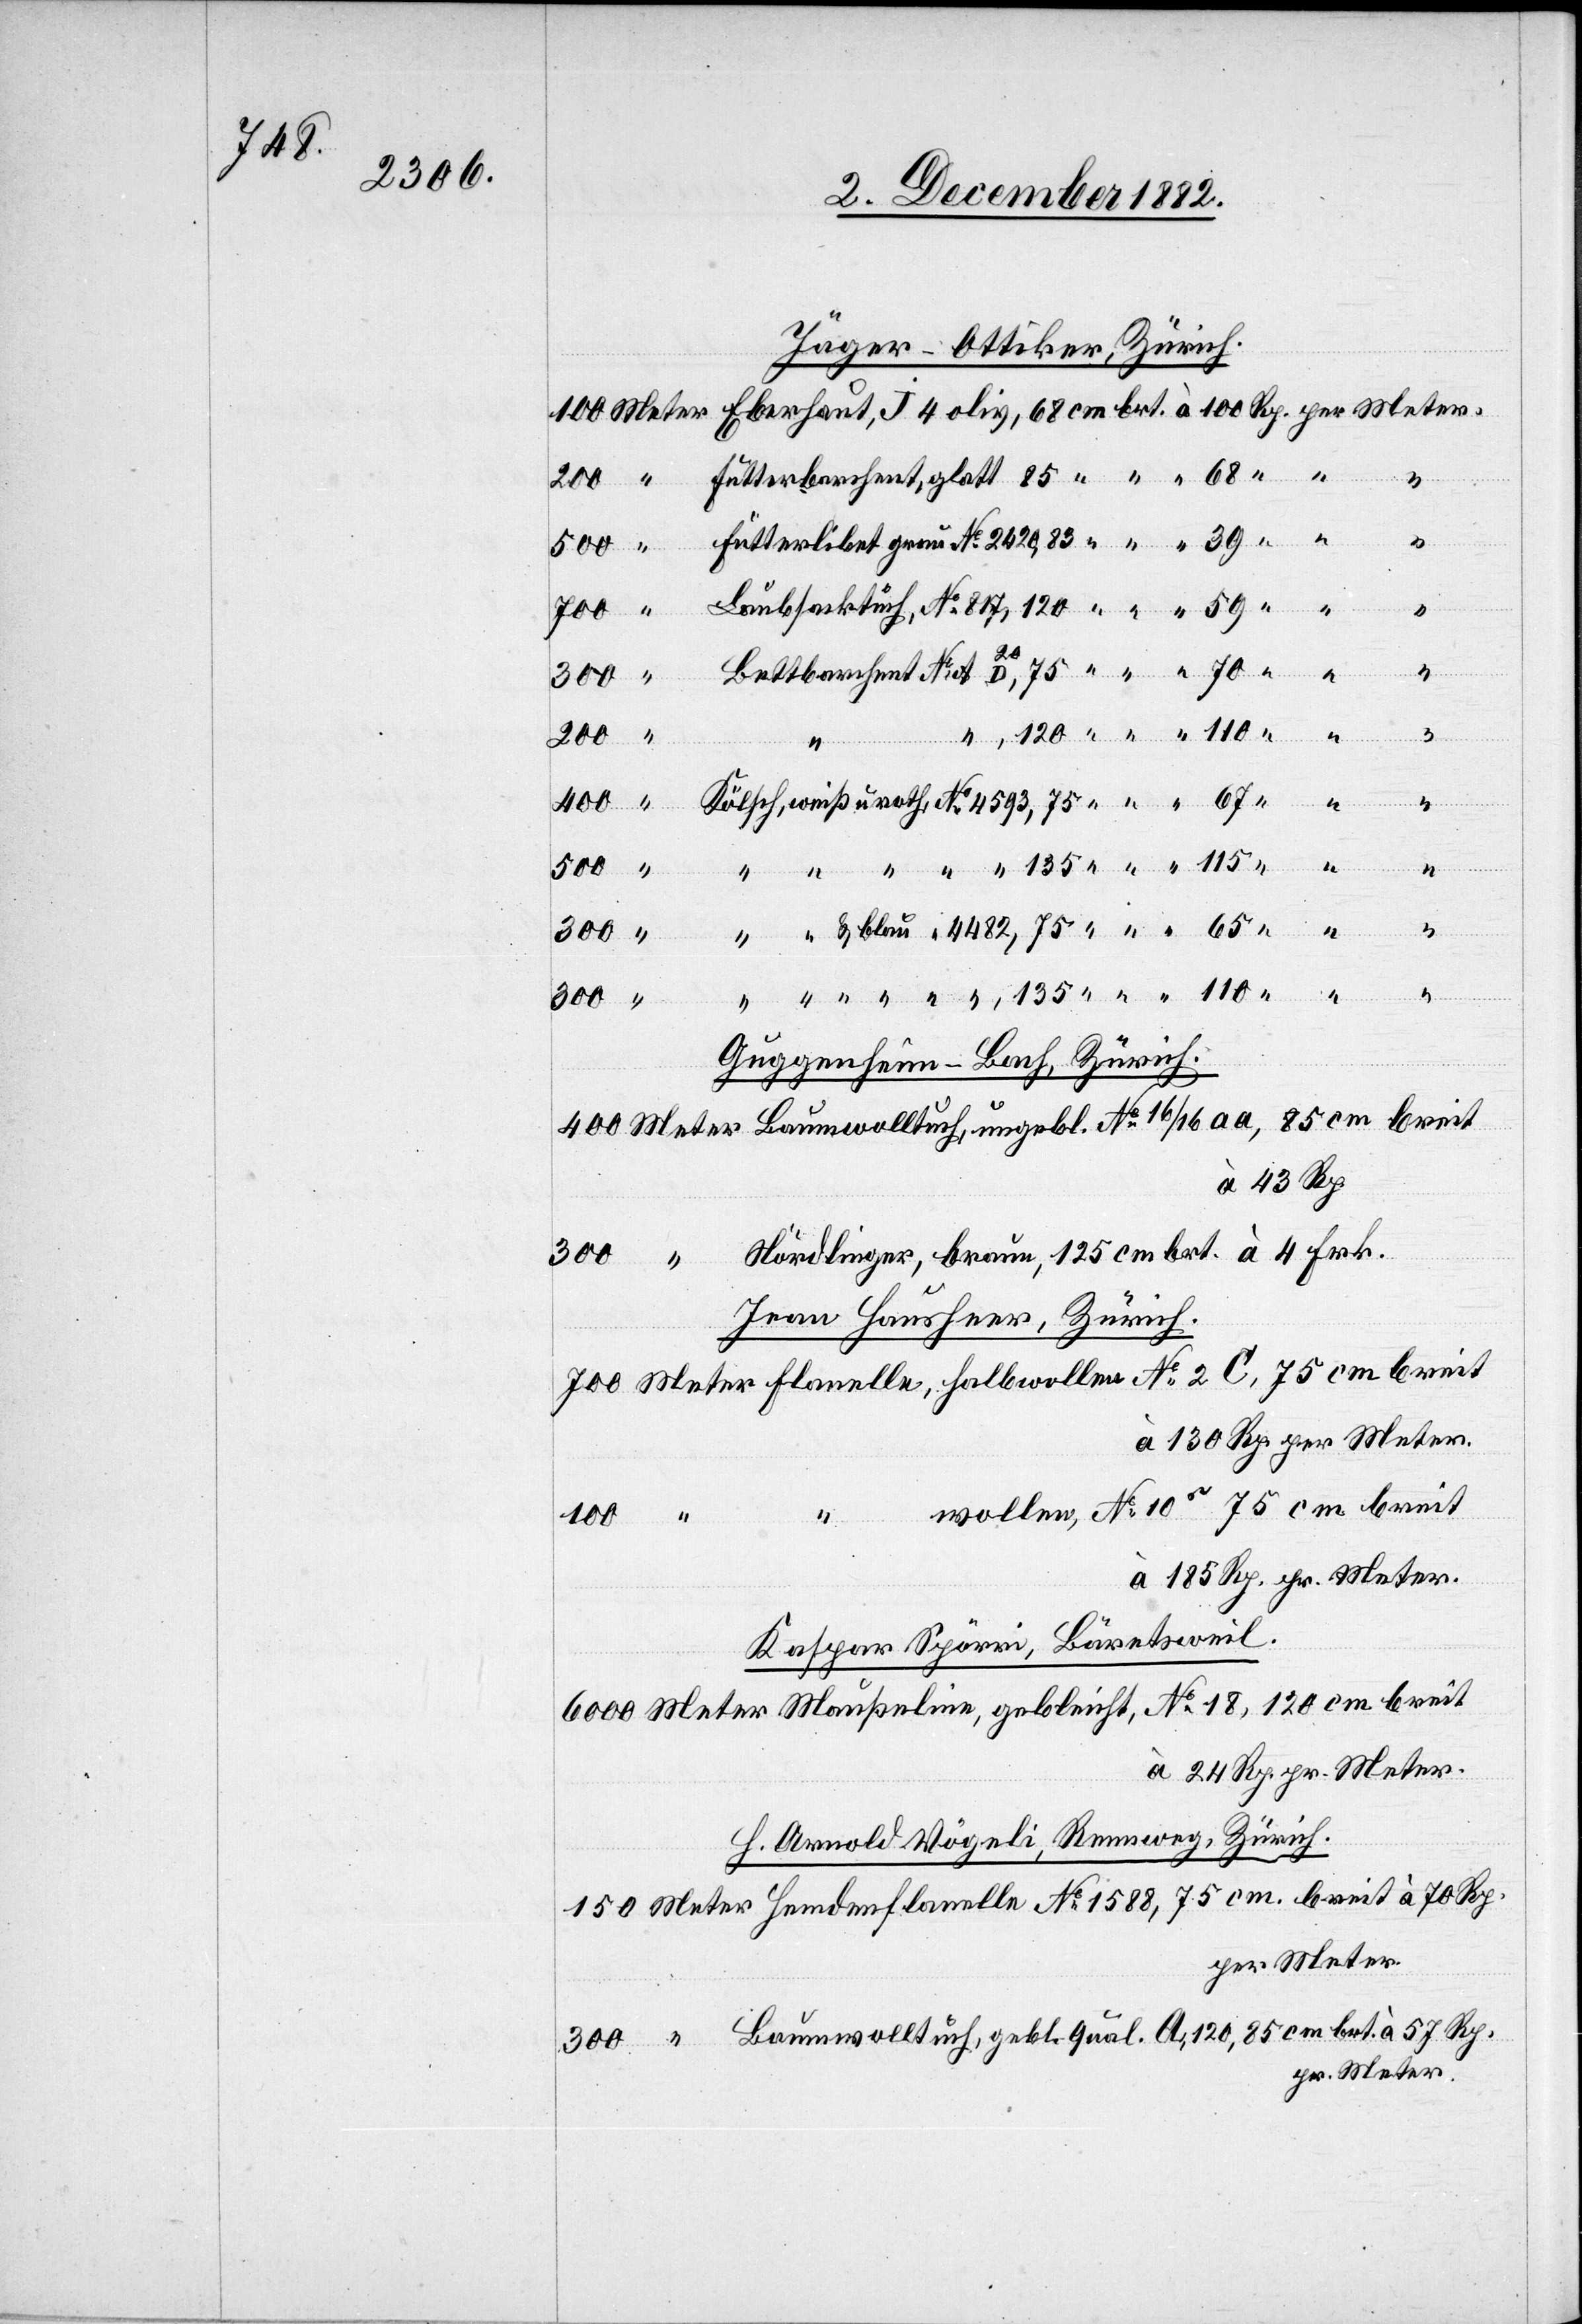
4482,

Jäger-Ottiker, Zürich.
Meter.
24
pr.
400
A, 120, 85
Baum¬
57
Guggenheim-Bach, Zürich.
Jean Hausheer, Zürich.
Kaspar Spörri, Bäretsweil.
H. Arnold Vögeli, Rennweg, Zürich.